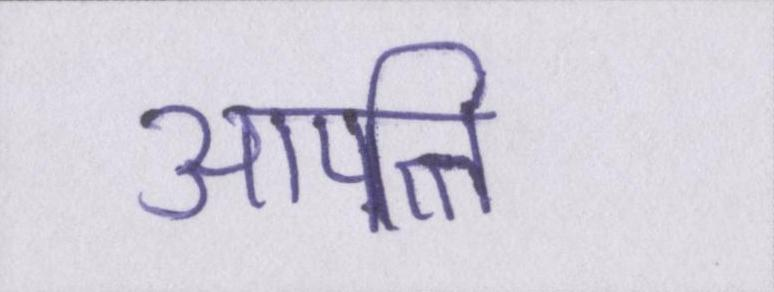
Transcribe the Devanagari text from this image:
आपत्ति